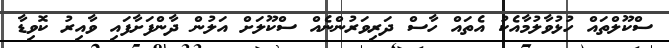
ސްކޫލްތައް ހުޅުވާލުމާއެކު އެތައް ހާސް ދަރިވަރުންނެއް ސްކޫލަށް އަލުން ދާންފަށާފައި ވާއިރު ކޮވިޑާ